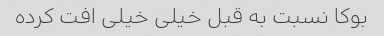
بوکا نسبت به قبل خیلی خیلی افت کرده